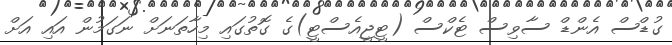
ގުޑްސް އެންޑް ސާވިސް ޓެކްސް (ޓީޖީއެސްޓީ)ގެ ގޮތުގައި މިހާތަނަށް ނަގަމުން އައި އަށް